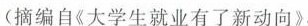
(摘编自《大学生就业有了新动向》，